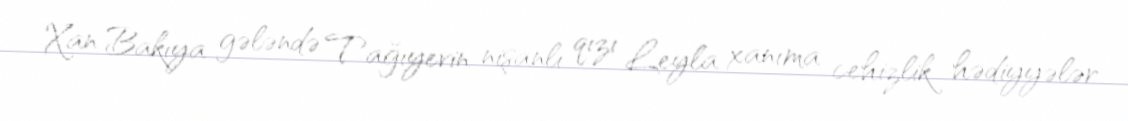
Xan Bakıya gələndə Tağıyevin nişanlı qızı Leyla xanıma cehizlik hədiyyələr